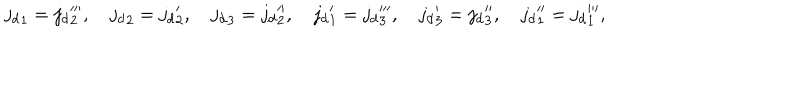
{ j _ { d } } _ { 1 } = { j _ { d } } _ { 2 } ^ { \prime \prime \prime } , \quad { j _ { d } } _ { 2 } = { j _ { d } } _ { 2 } ^ { \prime } , \quad { j _ { d } } _ { 3 } = { j _ { d } } _ { 2 } ^ { \prime \prime } , \quad { j _ { d } } _ { 1 } ^ { \prime } = { j _ { d } } _ { 3 } ^ { \prime \prime \prime } , \quad { j _ { d } } _ { 3 } ^ { \prime } = { j _ { d } } _ { 3 } ^ { \prime \prime } , \quad { j _ { d } } _ { 1 } ^ { \prime \prime } = { j _ { d } } _ { 1 } ^ { \prime \prime \prime } ,